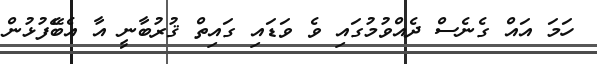
ހަމަ އައް ގެނެސް ދެއްވުމުގައި ވެ ވަޑައި ގައިތް ޤުރުބާނީ އާ އެބެޭފުޅުން